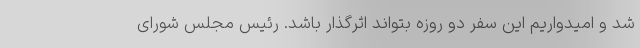
شد و امیدواریم این سفر دو روزه بتواند اثرگذار باشد. رئیس مجلس شورای